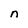
Character: n